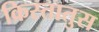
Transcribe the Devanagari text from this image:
क्रिस्‍तातुस